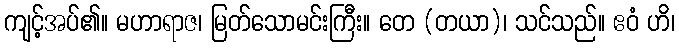
ကျင့်အပ်၏။ မဟာရာဇ၊ မြတ်သောမင်းကြီး။ တေ (တယာ)၊ သင်သည်။ ဧဝံ ဟိ၊